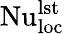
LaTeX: \mathrm{Nu}_{\textrm{loc}}^{\textrm{lst}}